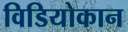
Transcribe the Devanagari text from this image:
विडियोकान